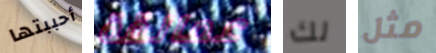
أحببتها عمالقة لك مثل